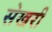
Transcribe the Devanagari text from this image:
सेखरी